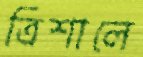
ত্রিশালে